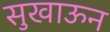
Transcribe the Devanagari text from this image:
सुखाऊन